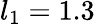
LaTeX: l_{1}=1.3